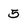
Character: 5